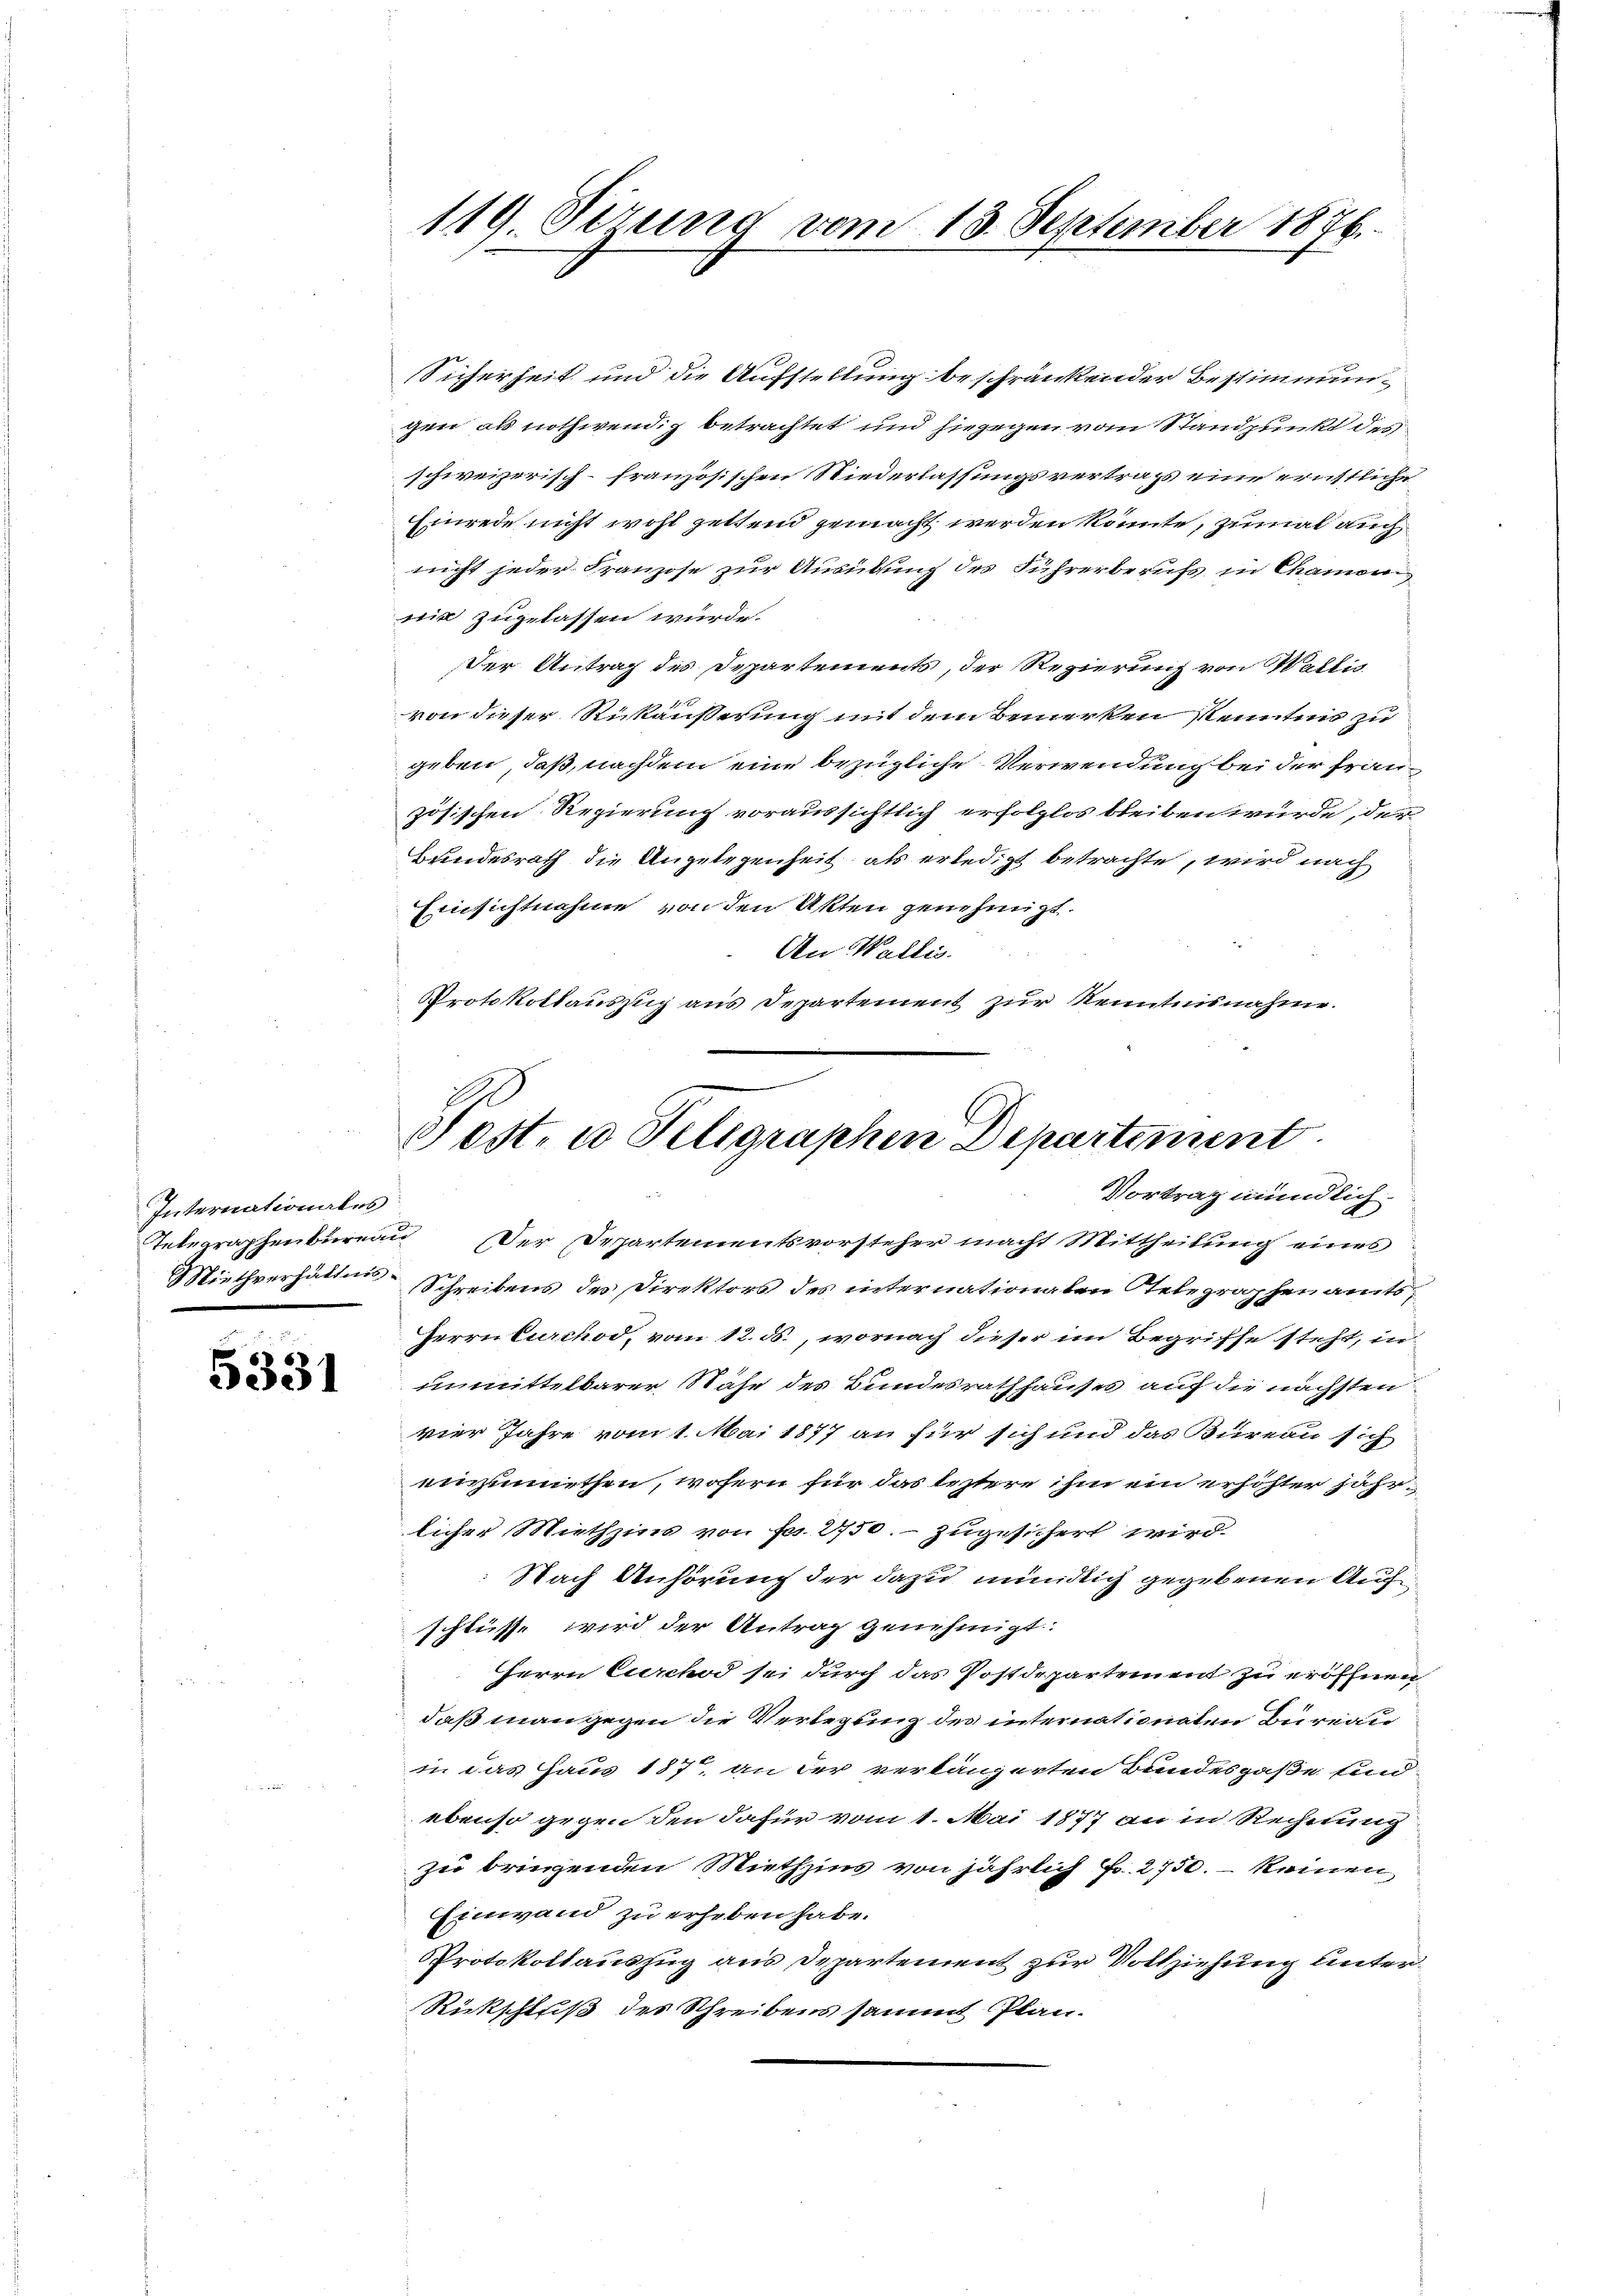
Internationales

5331

Sicherheit und die Aufstellung beschränkender Bestimmun-
gen als nothwendig betrachtet und hiegegen vom Standpunkt des
schweizerisch-französischen Niederlassungsvertrags eine ernstliche
Einrede nicht wohl zettend gemacht werden könnte, zumal auch
nicht jeder Franzose zur Ausübung des Führerberufs in Chamoni
nit zugelassen würde.
der Antrag des Departements, der Regierung von Wallis
von dieser Rückäußerung mit dem Bemerken kenntnis zu
geben, daß, nachdem eine bezügliche Verwendung bei der Frauzösischen Regierung voraussichtlich erfolglos bleiben würde, der
Bundesrath die Angelegenheit, als erledigt betrachte, wird nach
Einsichtnahme von den Akten genehmigt.
An Wallis.
Protokollauszug aus Departement zur Kenntnisnahme.

119. Verung vom 13. September 1876.

Post- u Telegraphen Departement
1
Vortrag mündlich.

Tetegraphenbureau Der Departementsvorsteher macht Mittheilung eines
Miethverhältnis-Schreibens des Direktors des internationalen Telegraphenamts¬
Herrn Curchod, vom 12. ds., wornach dieser im Begriffe steht, in
unmittelbarer Nähe des Bundesrathhauses auf die nächsten
vier Jahre vom 1. Mai 1877 an für sich und das Bureau sich
einzumiethen, wofern für das leztere ihm ein erhöhter jährlicher Miethzins von Fr. 2750. – zugesichert wird.
Nach Anhörung der dazu mündlich gegebenen Auf
schlüsse wird der Antrag genehmigt.
Herrn Curchod sei durch das Postdepartement zu eröffnen
daß man gegen die Verlegung des internationaten Bureau
in das Haus 187, an der verlängerten Bundesgaße und
ebenso gegen den dafür vom 1. Mai 1877 an in Rechnung
zu bringenden Niethzins von jährlich Fr. 2750. – keinen
Einwand zu erheben habe.
Protokollauszug aus Departement zur Vollziehung unter¬
Rückschluß des Schreibens sammt Plan.